Vaccination Hyderabad 1890-1903 - 1890-1903
Year: 1890
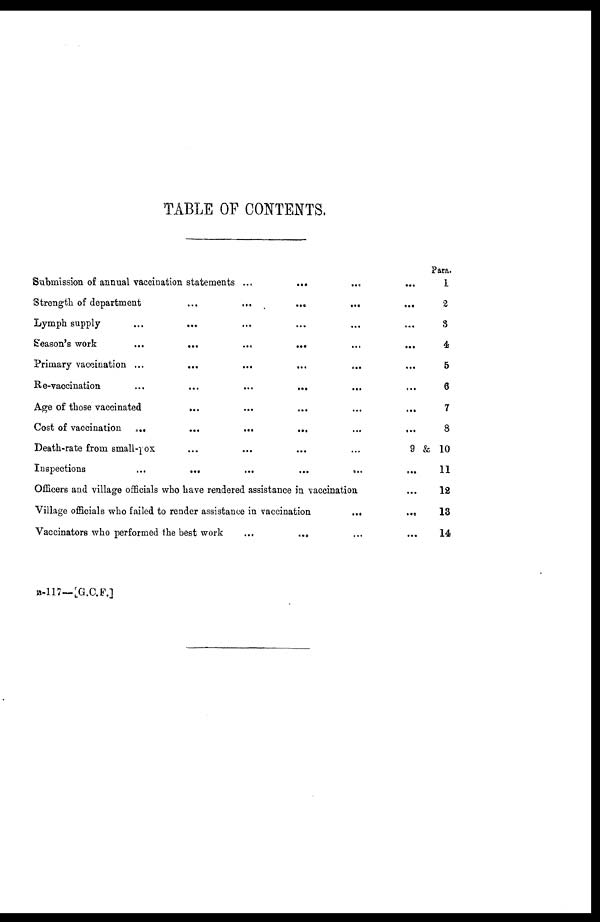
TABLE OF CONTENTS.
Submission of annual vaccination statements ...
...
...
...
Strength of department
...
...
...
...
...
Lymph supply
...
...
...
...
...
...
Season's work
...
...
...
...
...
...
Primary vaccination ...
...
...
...
...
...
Re-vaccination
...
...
...
...
...
...
Age of those vaccinated
...
...
...
...
...
Cost of vaccination ...
...
...
...
...
...
Death-rate from small-pox
...
...
...
...
Inspections
...
...
...
...
...
...
Officers and village officials who have rendered assistance in vaccination
Village officials who failed to render assistance in vaccination
...
...
Vaccinators who performed the best work
...
... ... ...
Para.
1
2
3
4
5
6
7
8
9 & 10
11
12
13
14
B-117—[G.C.F.]